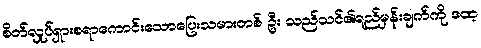
စိတ်လှုပ်ရှားစရာကောင်းသောပြေးသမားတစ် ဦး သည်သင်၏ရည်မှန်းချက်ကို ဒဏ္